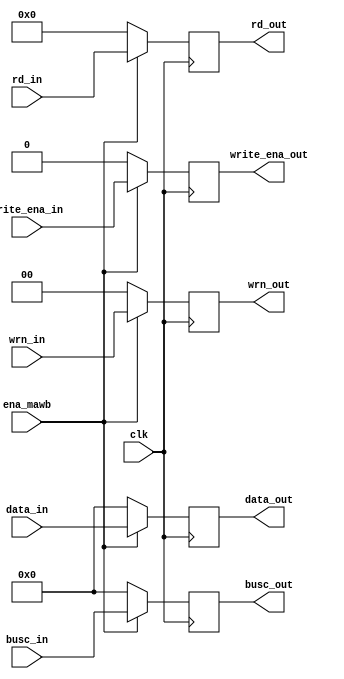
module stage_mawb
(
 input wire[31:0] data_in,
 input wire[31:0] busc_in,
 input wire write_ena_in,
 input wire[4:0] rd_in,
 input wire clk,
 input wire ena_mawb,
 input wire [1:0] wrn_in,
 output wire[31:0] data_out,
 output wire write_ena_out,
 output wire[4:0] rd_out,
 output wire[31:0] busc_out,
 output wire [1:0] wrn_out
 );
	
	reg[31:0] data,busc;
	reg[4:0] rd;
	reg write_ena;
	reg[1:0] wrn;
	
	
	initial begin 
		data = 32'h00000000;
		busc = 32'h00000000;
		rd = 5'b00000;
		write_ena = 1'b0;
		wrn= 2'b00;
	end
	
	always @(posedge clk) begin
			if (ena_mawb) begin
				data = data_in;
				rd = rd_in;
				write_ena = write_ena_in;
				busc= busc_in;
				wrn = wrn_in;
			end
			else begin
				data = 32'h00000000;
				busc = 32'h00000000;
				rd = 5'b00000;
				write_ena = 1'b0;
				wrn= 2'b00;
			end
	end
	
	assign write_ena_out = write_ena;
	assign rd_out = rd;
	assign data_out = data;
	assign busc_out=busc;
	assign wrn_out = wrn;


endmodule